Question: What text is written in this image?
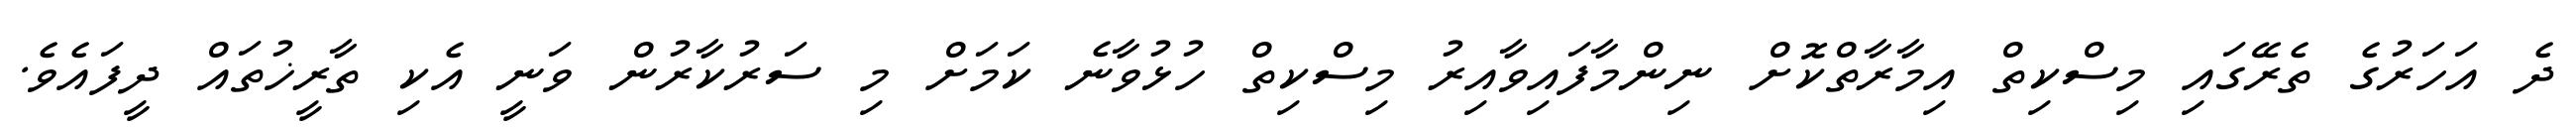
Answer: ދެ އަހަރުގެ ތެރޭގައި މިސްކިތް އިމާރާތްކޮށް ނިންމާފައިވާއިރު މިސްކިތް ހުޅުވާނެ ކަމަށް މި ސަރުކާރުން ވަނީ އެކި ތާރީޚުތައް ދީފައެވެ.